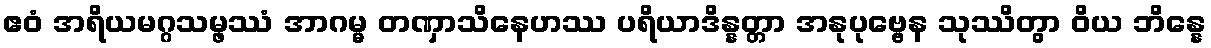
ဧဝံ အရိယမဂ္ဂသမ္ဖဿံ အာဂမ္မ တဏှာသိနေဟဿ ပရိယာဒိန္နတ္တာ အနုပုဗ္ဗေန သုဿိတွာ ဝိယ ဘိန္နေ